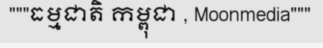
"""ធម្មជាតិ កម្ពុជា , Moonmedia"""